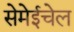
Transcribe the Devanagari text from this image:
सेमेईचेल